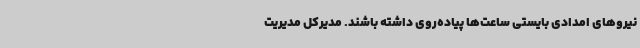
نیروهای امدادی بایستی ساعت‌ها پیاده‌روی داشته باشند. مدیرکل مدیریت